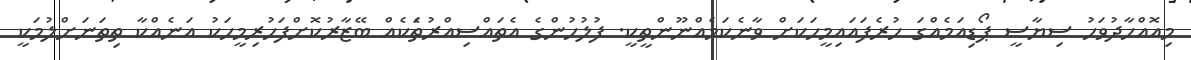
މިއޮއްހާދުވަހު ސިޔާސީ ޕޯޑިއަމެއްގަ ހުރެފައައިމީހަކަށް ވާނެކަމެއްނޫންތީކީ. ފުލުހުންގެ އެތައްސިއްރުތެަކެއް ބޭޒާރުކޮށްފަހުރިމީހަކު އަނެއްކާ ތިތަނަށްލުމަކީ